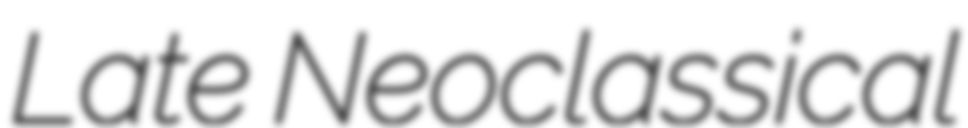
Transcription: Late Neoclassical